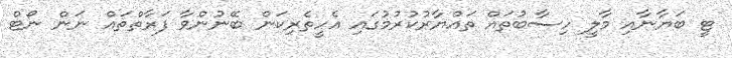
ޓީ ބަޔާނާއި މާލީ ހިސާބުތައް ތައްޔާރުކުރުމުގައި އެހީތެރިކަން ބޭނުންވާ ފަރާތްތައް ނަން ނޯޓް